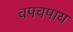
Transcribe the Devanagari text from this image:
चपचपाय